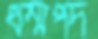
ধম্মপদ